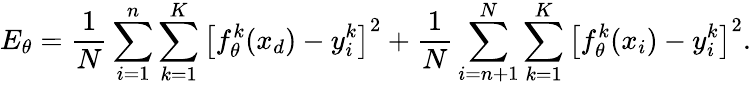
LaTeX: E_{\theta}=\frac{1}{N}\sum_{i=1}^{n}\sum_{k=1}^{K}\left[f_{\theta}^{k}(x_{d})-y_{i}^{k}\right]^{2}+\frac{1}{N}\sum_{i=n+1}^{N}\sum_{k=1}^{K}\left[f_{\theta}^{k}(x_{i})-y_{i}^{k}\right]^{2}{\mathrm{.}}